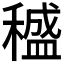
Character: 𥢱